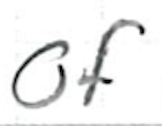
Text: of
Cross-out: clean
Writing tool: ballpoint